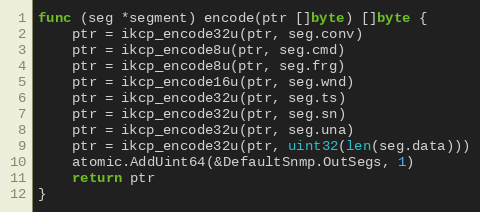
Language: Go
func (seg *segment) encode(ptr []byte) []byte {
	ptr = ikcp_encode32u(ptr, seg.conv)
	ptr = ikcp_encode8u(ptr, seg.cmd)
	ptr = ikcp_encode8u(ptr, seg.frg)
	ptr = ikcp_encode16u(ptr, seg.wnd)
	ptr = ikcp_encode32u(ptr, seg.ts)
	ptr = ikcp_encode32u(ptr, seg.sn)
	ptr = ikcp_encode32u(ptr, seg.una)
	ptr = ikcp_encode32u(ptr, uint32(len(seg.data)))
	atomic.AddUint64(&DefaultSnmp.OutSegs, 1)
	return ptr
}